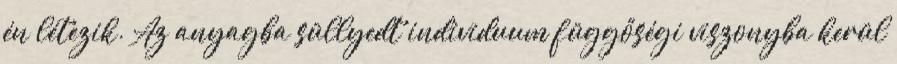
én létezik. Az anyagba süllyedt individuum függőségi viszonyba kerül